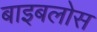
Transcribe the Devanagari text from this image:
बाइबलोस